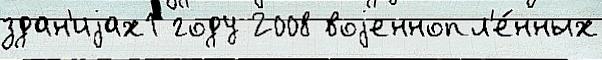
здан'иjах1 году 2008 воjеннопл'е́нных